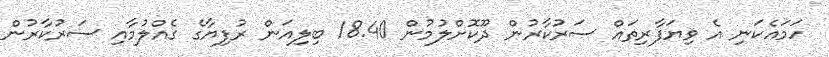
ހަމައެކަނި އެ ވިޔަފާރިތައް ސަރުކާރުން ދޫކޮށްލުމުން 18.40 ބިލިއަން ރުފިޔާގެ ގެއްލުމާއި ސަރުކާރުން